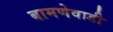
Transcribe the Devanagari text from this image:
बामणेवाडी